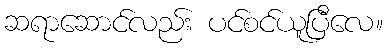
ဆရာဆောင်လည်း ပင်စင်ယူပြီလေ။